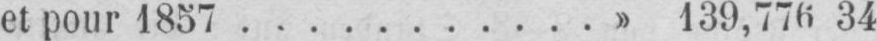
et pour 1857...........» 139,776 34